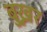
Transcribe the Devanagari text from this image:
बुख्नर